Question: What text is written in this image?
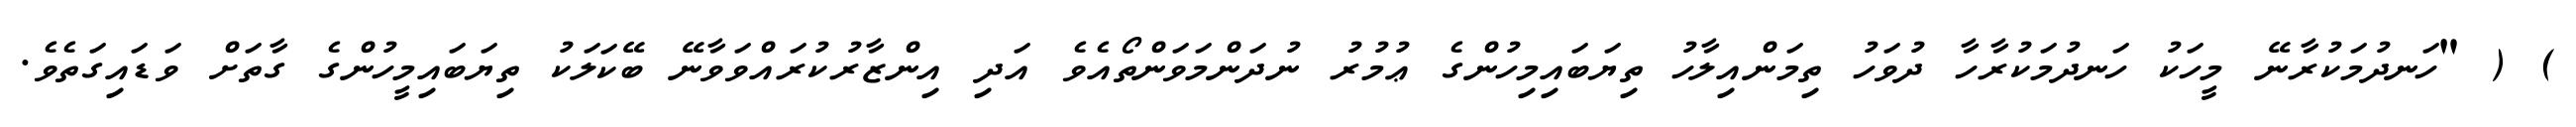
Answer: ) ( "ހަނދުމަކުރާނޭ މީހަކު ހަނދުމަކުރާހާ ދުވަހު ތިމަންއިލާހު ތިޔަބައިމިހުންގެ ޢުމުރު ނުދަންމަވަންތޯއެވެ އަދި އިންޒާރުކުރައްވަވާނޭ ބޭކަލަކު ތިޔަބައިމީހުންގެ ގާތަށް ވަޑައިގަތެވެ.